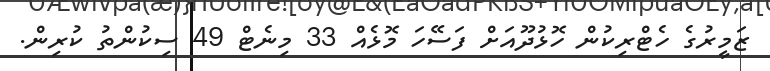
ޒަމީރުގެ ހެޓްރިކުން ހޮޅުދޫއަށް ފަސޭހަ މޮޅެއް 33 މިނެޓް 49 ސިކުންތު ކުރިން.